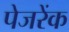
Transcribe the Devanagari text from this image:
पेजरेंक